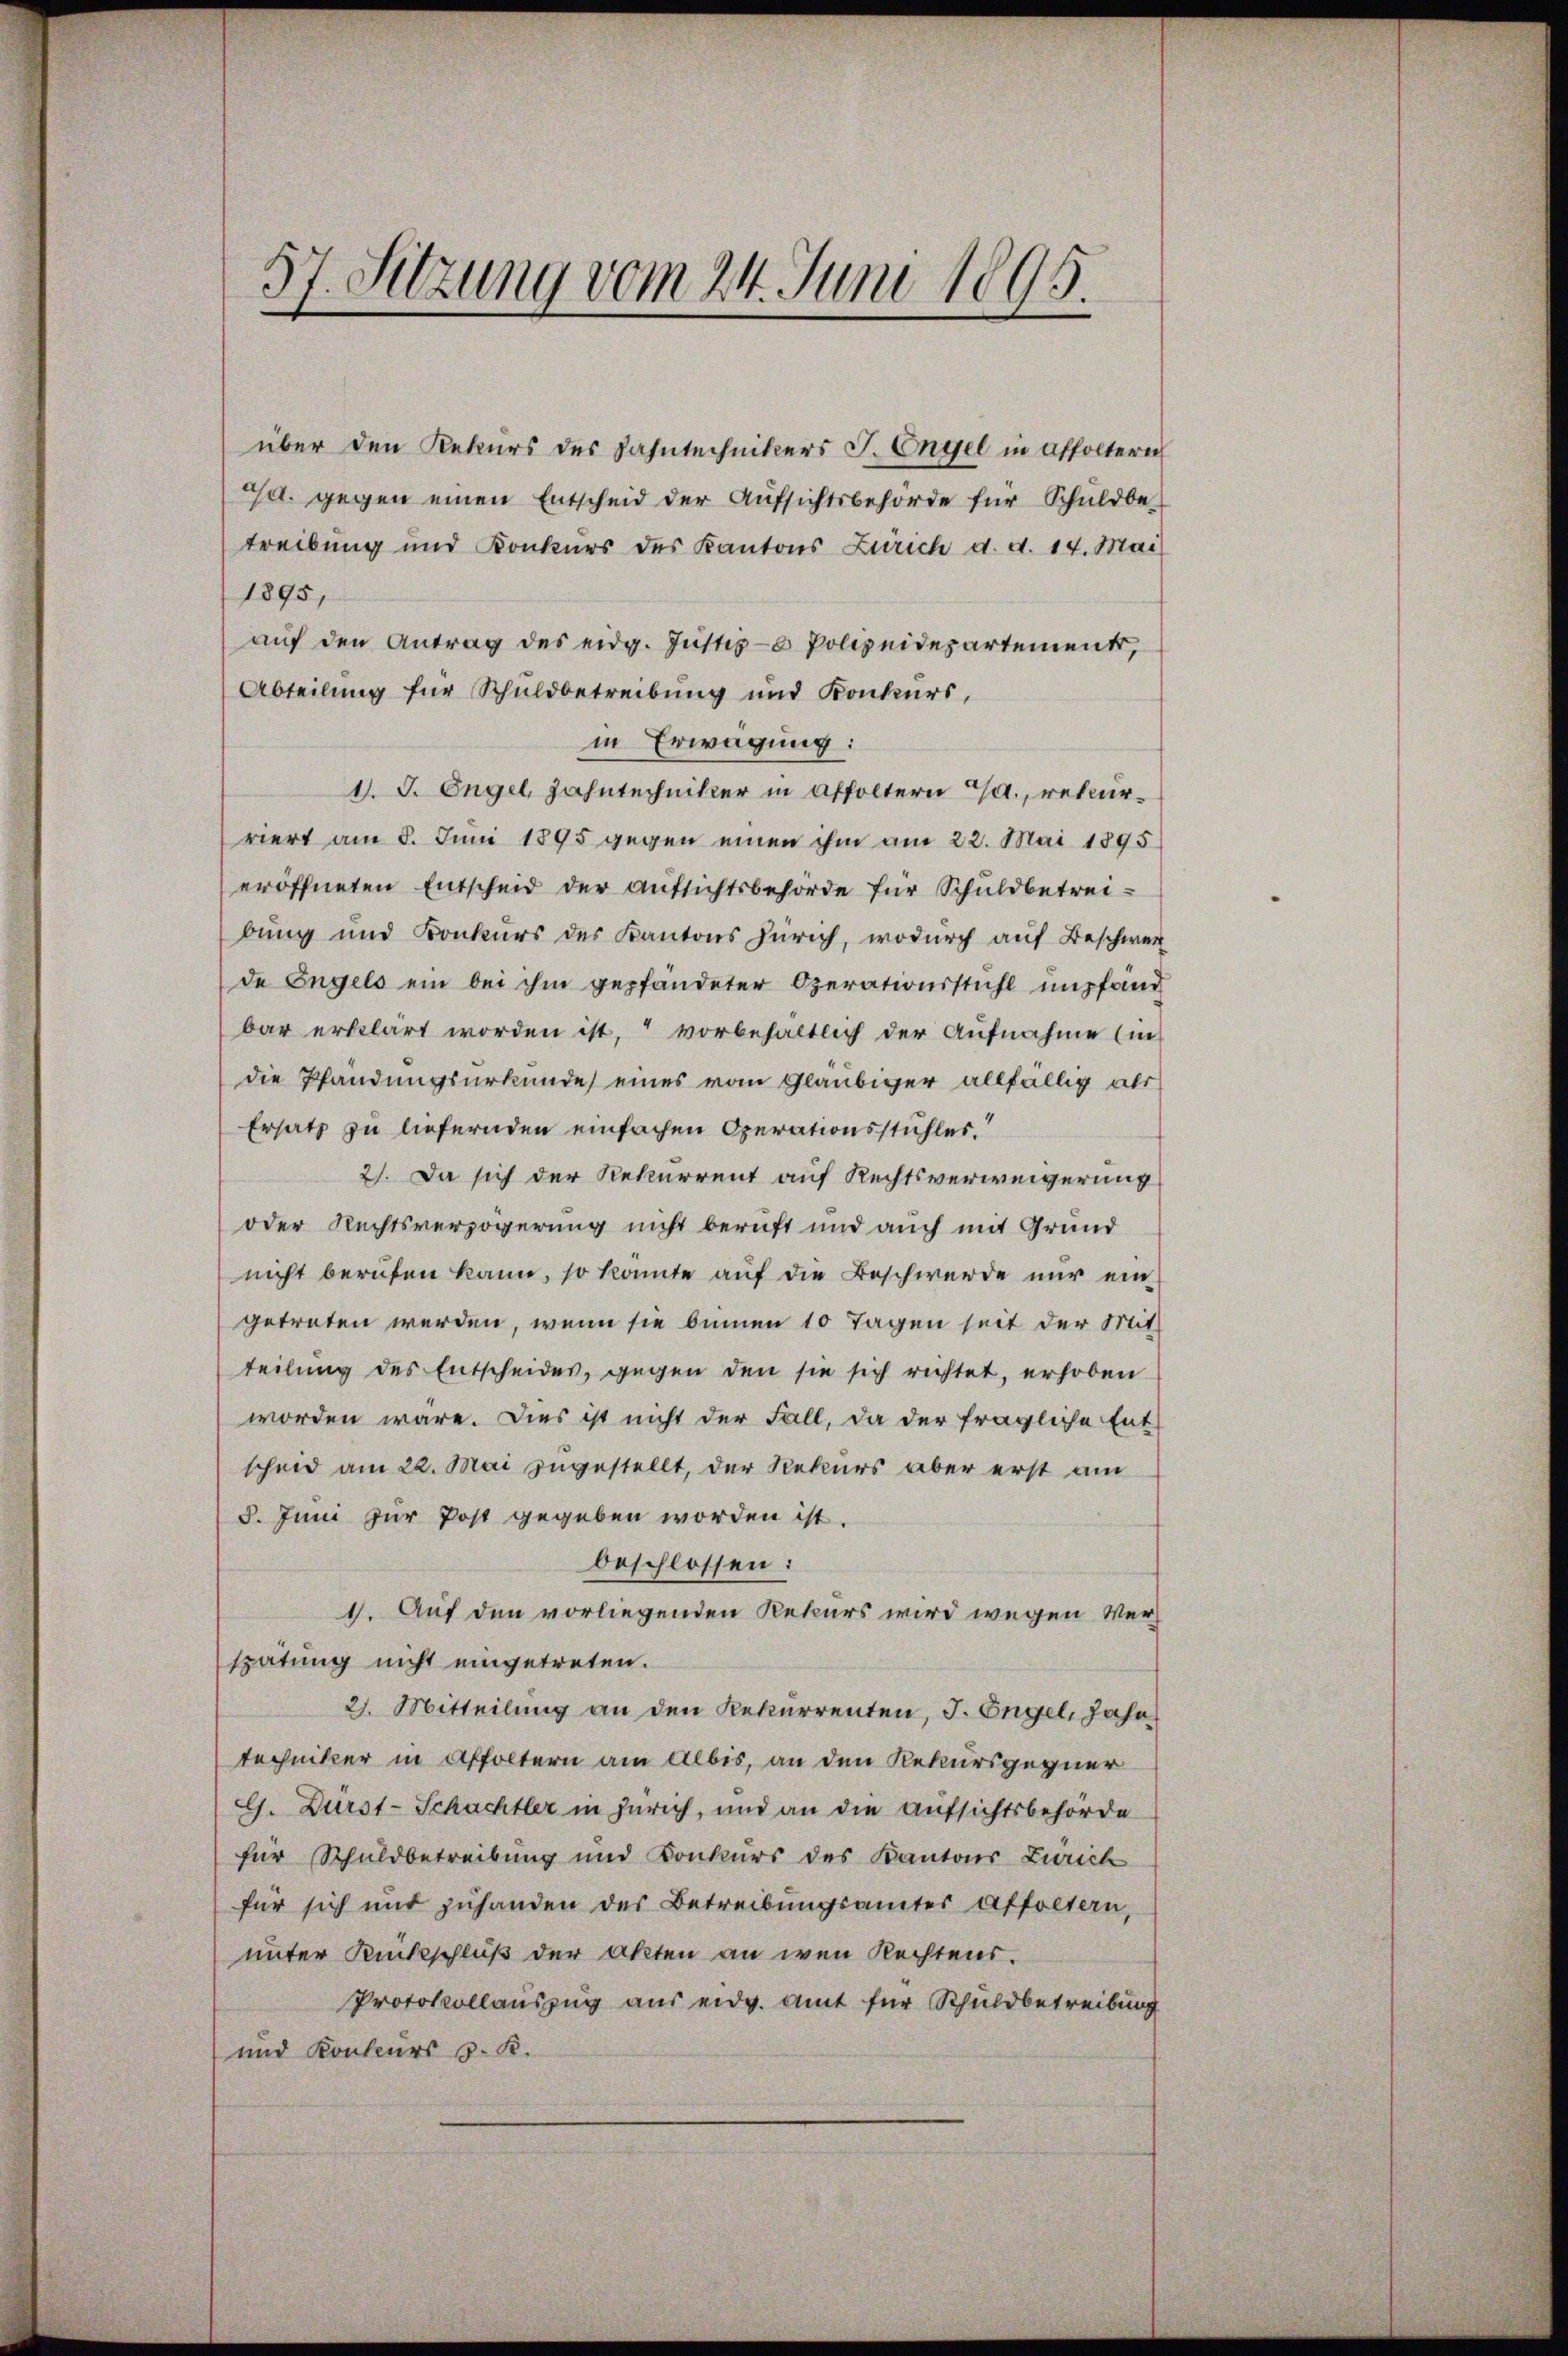
5
37. Sitzung vom 24. Juni 1895.

über den Rekurs des Fahntechnikers J. Engel in Affoltern
J. gegen einen Entscheid der Aŭfsichtsbehörde für Schuldbe-
treibung und Konkurs des Kantons Zürich d. d. 14. Mai
1895,
aŭf den Antrag des eidg. Jŭstes- Polizeidepartement,
Abteilung für Schuldbetreibung und Konkurs,
in Erwägung:
d. J. Engel, Zahntechniker in Affoltern a. rekurriert am 8. Juni 1895 gegen einen ihm am 22. Mai 1895
eröffneten Entscheid der Aufsichtsbehörde für Schuldbetreibung und Konkurs des Kantons Zürich, wodurch auf Beschwer
de Engels ein bei ihm gepfändeter Operationsstühl empfand
bar erklärt worden ist,“ vorbehältlich der Aufnahme (in
die Pfändungsurkunde eines vom Gläubiger allfällig als
Ersatz zu liefernden einfachen Operationsstühles.“
2). Da sich der Rekurrent auf Rechtsverweigerung
oder Rechtsverzögerung nicht beruft und auch mit Grund
nicht berufen kann, so konnte auf die Beschwerde nur eingetreten werden, wenn sie binnen 10 Tagen seit der Mit-
teilung des Entscheides, gegen den sie sich richtet, erhoben
worden wäre. Dies ist nicht der Fall, da der fragliche Ent
scheid am 22. Mai zugestellt, der Rekurs aber erst am
3. Juni zur Post gegeben worden ist.
beschlossen:
1. Auf den vorliegenden Rekurs wird wegen Verspätung nicht eingetreten.
2. Mitteilung an den Rekurrenten, J. Engel, Jahr
techniker in Affoltern am Albis, an den Rekursgegner
G. Durst-Schachtler in Zürich, und an die Aufsichtsbehörde
für Schuldbetreibung und Konkurs des Kantons Zürich
für sich mit zuhanden des Betreibungsamter Affoltern,
unter Rückschluß der Akten an wen Rechtens.
Protokollauszug aus eidg. Amt für Schuldbetreibung
und Konkurs S. K.